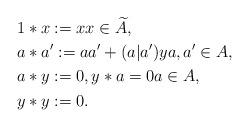
LaTeX: \begin{align*}&1*x:=x x \in \widetilde{A},\\&a*a':=aa'+(a|a')y a,a' \in A,\\&a*y:=0, y*a=0 a \in A, \\&y*y:=0. \end{align*}